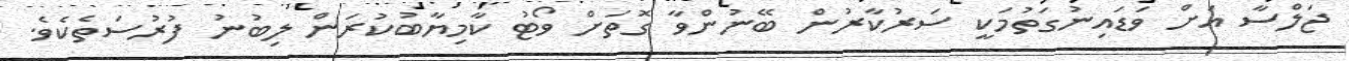
ޖަލްސާ އަށް ވަޑައިނުގަތުމަކީ ސަރުކާރުން ބޭނުންވާ ގޮތަށް ވޯޓު ކާމިޔާބުކުރަން ލިބުނު ފުރުސަތެކެވެ.